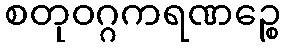
စတုဝဂ္ဂကရဏဉ္စေ